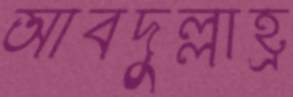
আবদুল্লাহ্র